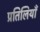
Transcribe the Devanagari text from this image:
प्रतिलियाँ